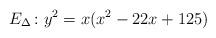
LaTeX: \begin{align*}E_\Delta\colon y^2 = x(x^2 - 22x + 125)\end{align*}